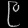
Digit: ၉